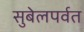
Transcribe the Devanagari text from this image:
सुबेलपर्वत